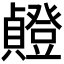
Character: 𫧸